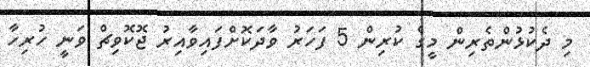
މި ދެކުޅުންތެރިން މީގެ ކުރިން 5 ފަހަަރު ވާދަކޮށްފައިވާއިރު ޖޮކޮވިޗް ވަނީ ހުރިހާ